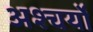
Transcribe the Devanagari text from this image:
अश्चर्यों